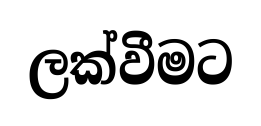
ලක්වීමට